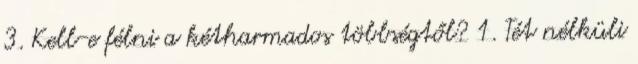
3. Kell-e félni a kétharmados többségtől? 1. Tét nélküli